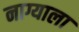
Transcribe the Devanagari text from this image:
नाग्याला